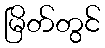
မြိတ်တွင်